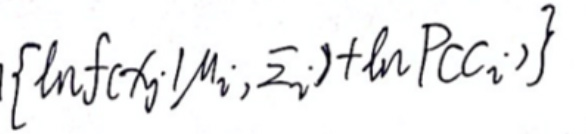
$\left\{\ln f(x_{j}\mid\mu_{i},\Sigma_{i})+\ln P(c_{i})\right\}$